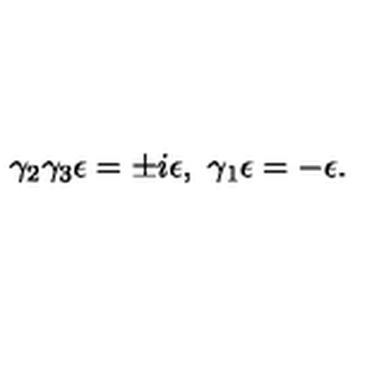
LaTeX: \gamma _ { 2 } \gamma _ { 3 } \epsilon = \pm i \epsilon , \ \gamma _ { 1 } \epsilon = - \epsilon .